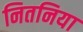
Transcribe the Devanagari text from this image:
नितनिया